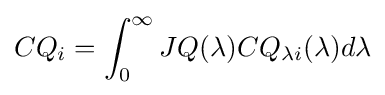
CQ_{i}=\int _{0}^{\infty }JQ(\lambda )CQ_{\lambda i}(\lambda )d\lambda